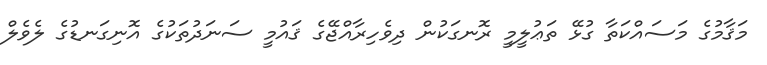
މަޤާމުގެ މަސައްކަތާ ގުޅޭ ތަޢުލީމީ ރޮނގަކުން ދިވެހިރާއްޖޭގެ ޤައުމީ ސަނަދުތަކުގެ އޮނިގަނޑުގެ ލެވެލް